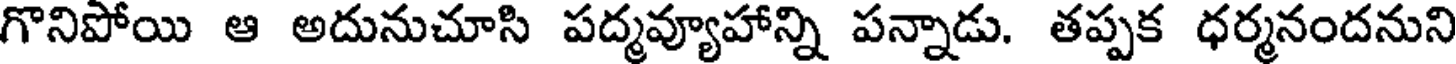
గొనిపోయి ఆ అదునుచూసి పద్మవ్యూహాన్ని పన్నాడు. తప్పక ధర్మనందనుని